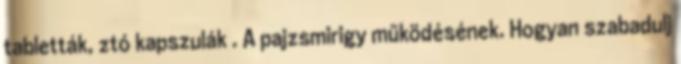
tabletták, ztó kapszulák . A pajzsmirigy működésének. Hogyan szabadulj